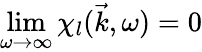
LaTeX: \operatorname*{lim}_{\omega\to\infty}\chi_{l}(\vec{k},\omega)=0